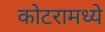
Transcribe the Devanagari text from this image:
कोटरामध्ये